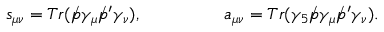
s _ { \mu \nu } = T r ( \rlap / p \gamma _ { \mu } \rlap / p ^ { \prime } \gamma _ { \nu } ) , \ ~ ~ ~ ~ ~ \ ~ ~ ~ ~ ~ ~ \ a _ { \mu \nu } = T r ( \gamma _ { 5 } \rlap / p \gamma _ { \mu } \rlap / p ^ { \prime } \gamma _ { \nu } ) .